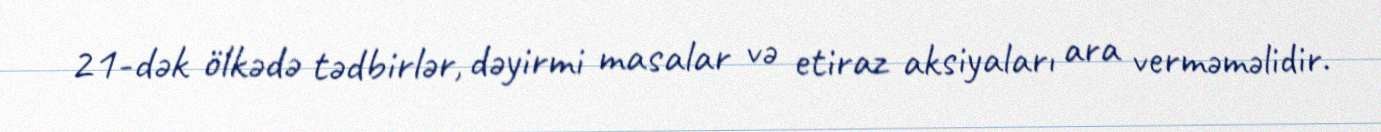
21-dək ölkədə tədbirlər, dəyirmi masalar və etiraz aksiyaları ara verməməlidir.